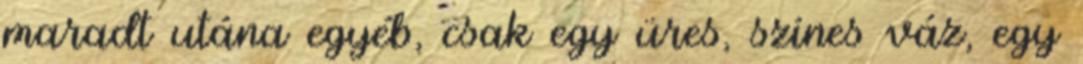
maradt utána egyéb, csak egy üres, színes váz, egy